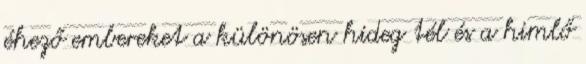
éhező embereket a különösen hideg tél és a himlő